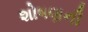
શોષણની